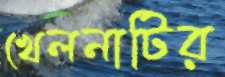
খেলনাটির